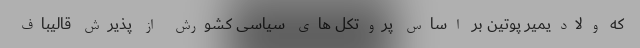
که ولادیمیر پوتین بر اساس پروتکل های سیاسی کشورش از پذیرش قالیباف